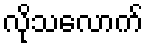
လိုသလောက်